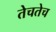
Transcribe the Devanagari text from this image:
तेचतेच